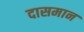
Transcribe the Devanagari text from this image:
दासमान